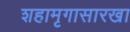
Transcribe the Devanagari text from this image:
शहामृगासारखा